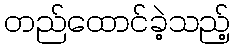
တည်ထောင်ခဲ့သည့်